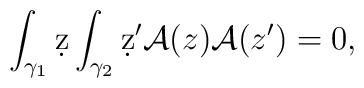
\int_{\gamma_1} \d z \int_{\gamma_2} \d z' {\cal A}(z){\cal A}(z')=0,